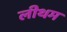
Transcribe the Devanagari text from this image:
लीथम